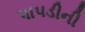
પાપડીની